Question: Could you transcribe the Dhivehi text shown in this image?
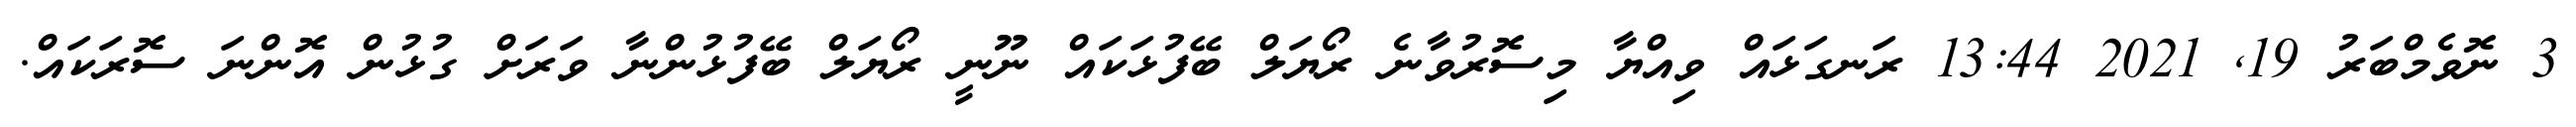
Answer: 3 ނޮވެމްބަރު 19, 2021 13:44 ރަނގަޅައް ވިއްޔާ މިސޮރުވާނެ ރޯޔަލް ބޭފުޅަކައް ނޫނީ ރޯޔަލް ބޭފުޅުންނާ ވަރަށް ގުޅުން އޮންނަ ސޮރަކައް.